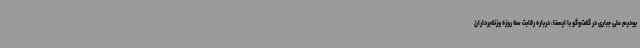
بودیم علی جباری در گفت‌وگو با ایسنا، درباره رقابت سه روزه وزنه‌برداران